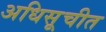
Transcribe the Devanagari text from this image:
अधिसूचीत